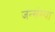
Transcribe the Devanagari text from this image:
जन्संस्था